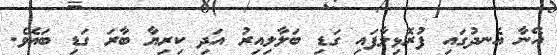
އޭނާ އެނދުގައި ފުރޮޅިލާފައި ގަޑި ބަލާލިއިރު އަދި ކިރިޔާ ބާރަ ގަޑި ބައެވެ.